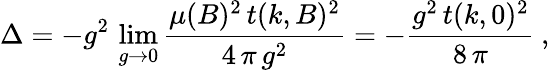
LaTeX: \Delta=-g^{2}\, \operatorname*{lim}_{g\to 0}\frac{\mu(B)^{2}\, t(k,B)^{2}}{4\, \pi\, g^{2}}=-\frac{g^{2}\, t(k,0)^{2}}{8\, \pi}\: ,